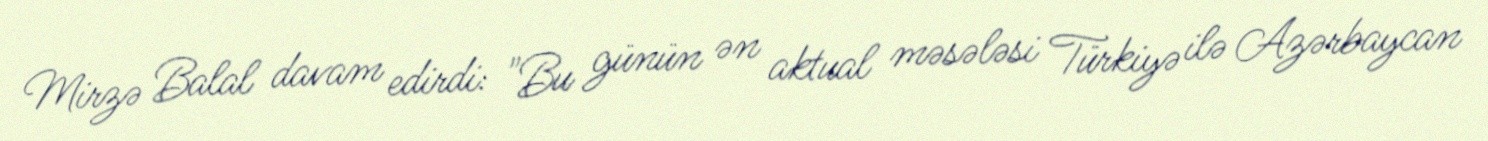
Mirzə Balal davam edirdi: "Bu günün ən aktual məsələsi Türkiyə ilə Azərbaycan